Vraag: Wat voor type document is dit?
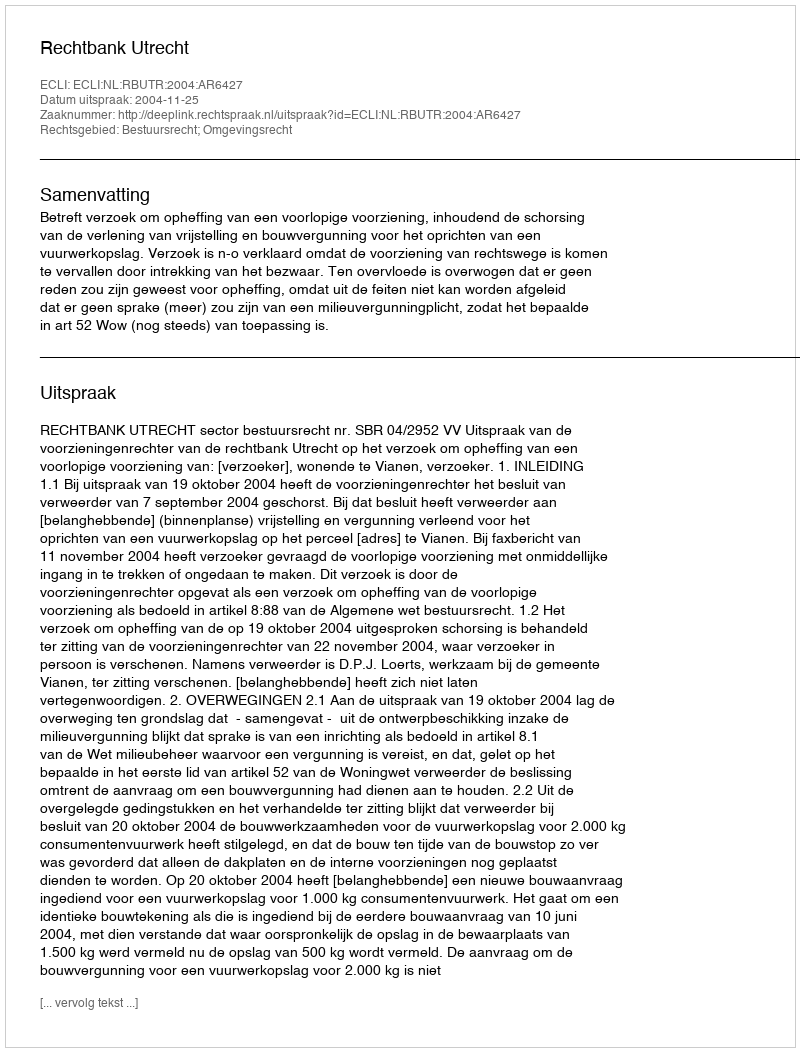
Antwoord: Uitspraak